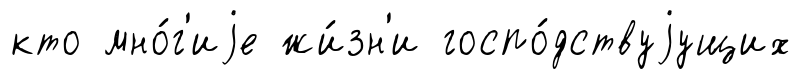
кто мно́г'иjе жи́зн'и госпо́дствуjущих